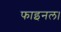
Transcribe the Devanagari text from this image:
फाइनल।